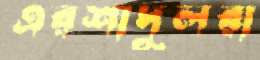
এরশাদুলরা